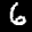
Label: 6